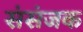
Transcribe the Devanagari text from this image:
संसंजक